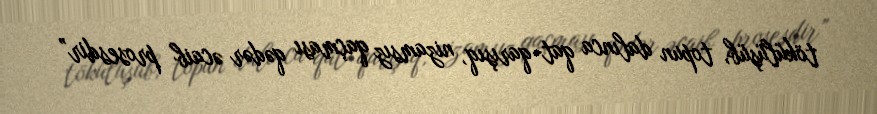
tökülüşüb, topun dalınca qat-qarışıq, nizamsız qaçması qədər əcaib prosesdir”